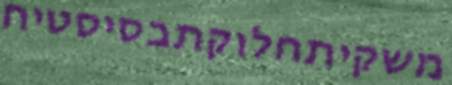
משקיתחלוקתבסיסטיח